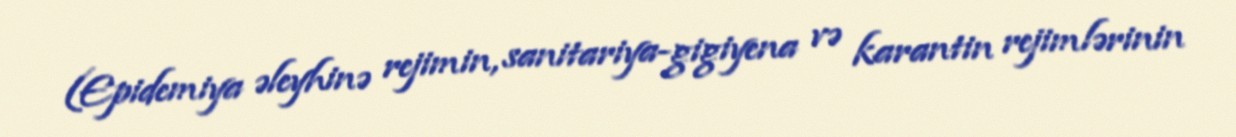
(Epidemiya əleyhinə rejimin, sanitariya-gigiyena və karantin rejimlərinin